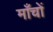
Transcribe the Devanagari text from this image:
माँचों